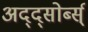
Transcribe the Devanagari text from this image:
अद्द्सोर्ब्स्